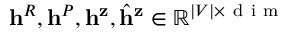
\mathbf { h } ^ { R } , \mathbf { h } ^ { P } , \mathbf { h } ^ { \mathbf { z } } , \hat { \mathbf { h } } ^ { \mathbf { z } } \in \mathbb { R } ^ { | V | \times \mathrm { ~ d ~ i ~ m ~ } }